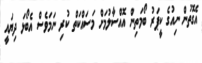
އެގޮތުން ނިއުގެ ކީޕަރު ބޯމަތިން އޮއްސާލުމަށް މަސައްކަތް ކުރި ނަމަވެސް އެބޯޅަ ދިޔައީ